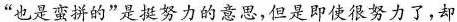
”也是蛮拼的”是挺努力的意思，但是即使很努力了，却